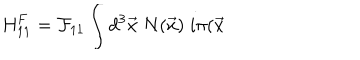
\mathrm { H } _ { 1 1 } ^ { F } = { \cal F } _ { 1 1 } \int d ^ { 3 } \vec { x } \; N ( \vec { x } ) \; i \pi ( \vec { x }